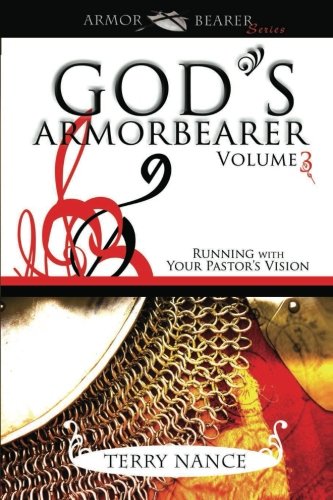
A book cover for God's Armorbearer: Running With Your Pastor's Vision Volume 3 (Armor Bearer); Terry Nance; Christian Books & Bibles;